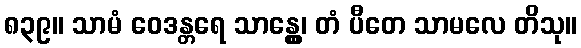
၈၃၉။ သာမံ ဝေဒန္တရေ သာန္တွေ၊ တံ ပီတေ သာမလေ တိသု။